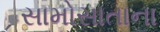
સામોસાતાના